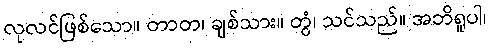
လုလင်ဖြစ်သော။ တာတ၊ ချစ်သား။ တွံ၊ သင်သည်။ အဘိရူပါ၊